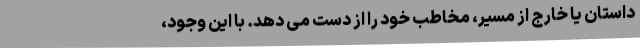
داستان یا خارج از مسیر، مخاطب خود را از دست می دهد. با این وجود،